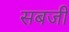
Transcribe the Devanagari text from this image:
सबजी